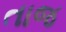
તાજ